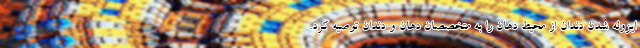
ایزوله شدن دندان از محیط دهان را به متخصصان دهان و دندان توصیه کرد.